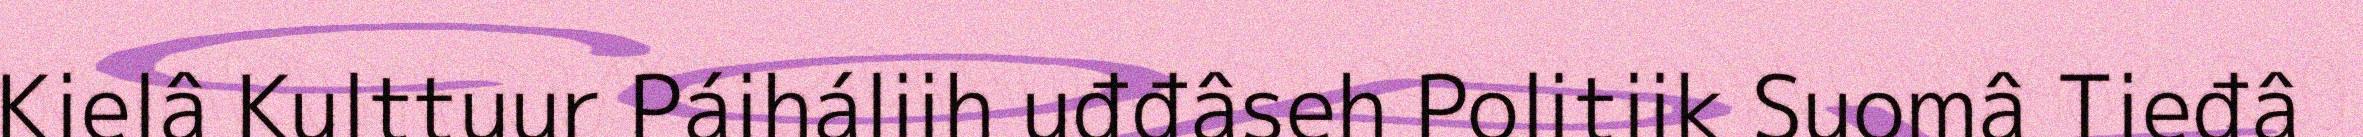
Kielâ Kulttuur Páiháliih uđđâseh Politiik Suomâ Tieđâ